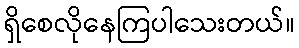
ရှိစေလိုနေကြပါသေးတယ်။